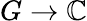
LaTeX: G\to\mathbb{C}